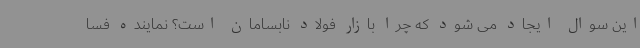
این سوال ایجاد می شود که چرا بازار فولاد نابسامان است؟ نماینده فسا